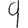
Digit: 9